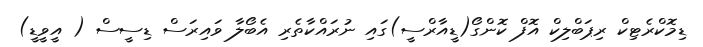
ޑިމޮކްރެޓިކް ރިޕަބްލިކް އޮފް ކޮންގޯ(ޑީއާރްސީ)ގައި ނުރައްކާތެރި އެބޯލާ ވައިރަސް ޑިސީސް ( އީވީޑީ)